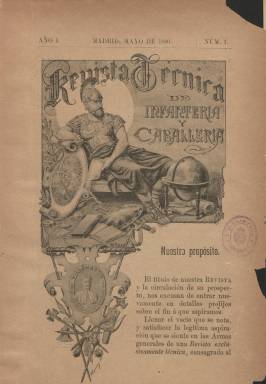
Título: Revista técnica de infantería y caballería
Colección: Fuerzas armadas
Ámbito geográfico: Madrid
Lugar de publicación: Madrid
Fechas: 01/01/1890-15/12/1916

Publicación especializada en el ámbito castrense, desde su primer número dejó claro que su propósito era exclusivamente técnico, lo que era un declaración nada banal dada la constante intervención del ejército en la vida pública y la participación de los militares en política durante el siglo XIX. Nacida el año en que se aprobaba el sufragio universal masculino en España, es un síntoma de que la sociedad civil está tomando cada vez más el control del país.

    De periodicidad mensual, aunque cambió a quincenal en su segunda época, su contenido estaba circunscrito a estrategia y táctica militar, a la descripción de armas y proyectiles, a ejercicios de entrenamiento, así como a la biografía de militares famosos en la historia de España, como los héroes del Dos de Mayo o los más contemporáneos héroes de Cuba del Desastre de 1898. Al principio los artículos iban acompañados de dibujos y grabados para más tarde ir incorporando la fotografía.

   Una sección de la revista estaba dedicada a rememorar grandes batallas, entre las que no podía faltar la de Lepanto, la gran victoria naval sobre los turcos, y las guerras de Italia de comienzos del siglo XVI contra los franceses que dieron a España el dominio del sur de Italia. Pero no sólo guerras y batallas históricas tuvieron eco en la publicación, sino que también se dio amplia información de las campañas bélicas contemporáneas. Dada la longevidad de la revista, ésta pudo informar de la guerras anglo-bóer y ruso-japonesa de principios del siglo XX, aunque apenas prestó atención a la I Guerra Mundial, posiblemente por la neutralidad española en el conflicto.

     Debido a la importancia que aún tenía la caballería en la organización del Ejército, se recogía ampliamente la información sobre este animal y sus razas y había una sección hípica con las carreras de caballos en Madrid.

     Las cuestiones de derecho y disposiciones legales y administrativas también tuvieron eco en la revista, como las relacionadas con el reclutamiento de la tropa. Igualmente se prestaba atención a la organización del ejército en otros países.

[Descripción publicada el 26/7/2018]